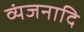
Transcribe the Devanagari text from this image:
व्यंजनादि